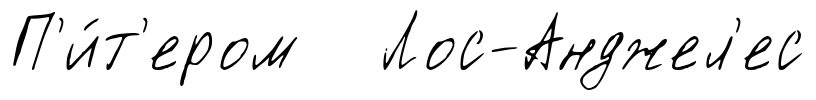
П'и́т'ером Лос-Анджел'ес